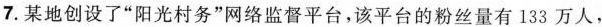
7.某地创设了”阳光村务”网络监督平台，该平台的粉丝量有133万人，